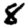
Digit: 8